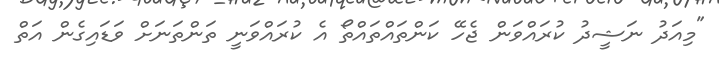
"މިއަދު ނަޝީދު ކުރައްވަން ޖެހޭ ކަންތައްތައްތޯ އެ ކުރައްވަނީ ތަންތަނަށް ވަޑައިގެން އަތް